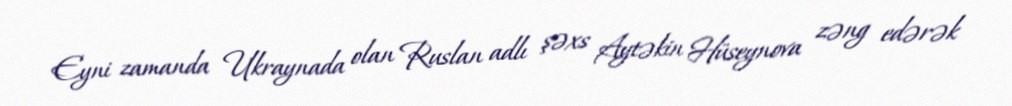
Eyni zamanda Ukraynada olan Ruslan adlı şəxs Aytəkin Hüseynova zəng edərək